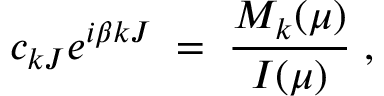
c _ { k J } e ^ { i \beta k J } \; = \; \frac { M _ { k } ( \mu ) } { I ( \mu ) } \; ,